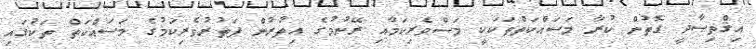
އިޤްތިޞާދީ ގޮތުން ކުރާ މަސައްކަތްތަކަކީ މަސްވެރިކަމާއި ރޭނުމުގެ އިތުރުން ފަތުރުވެރިކަމުގެ މަސައްކަތް ތަކުގައި